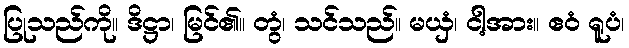
ပြုသည်ကို။ ဒိဋ္ဌာ၊ မြင်၏။ တွံ၊ သင်သည်။ မယှံ၊ ငါ့အား။ ဧဝံ ရူပံ၊